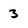
Character: 3